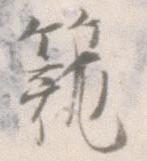
籠